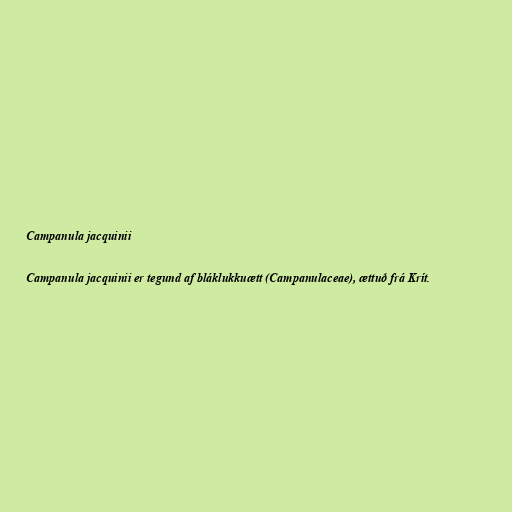
Campanula jacquinii

Campanula jacquinii er tegund af bláklukkuætt (Campanulaceae), ættuð frá Krít.